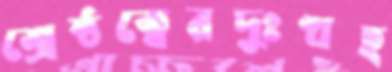
শ্রেষ্ঠত্বেরদুঃখহ